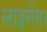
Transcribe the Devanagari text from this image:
लाइसेंस।